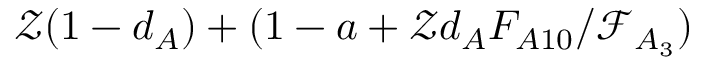
\mathcal { Z } ( 1 - d _ { A } ) + ( 1 - a + \mathcal { Z } d _ { A } F _ { A 1 0 } / \mathcal { F } _ { A _ { 3 } } )